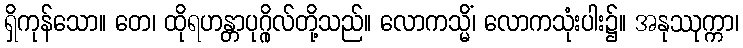
ရှိကုန်သော။ တေ၊ ထိုရဟန္တာပုဂ္ဂိုလ်တို့သည်။ လောကသ္မိံ၊ လောကသုံးပါး၌။ အနုဿုက္ကာ၊